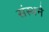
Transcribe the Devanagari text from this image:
संस्थने